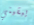
يبقيني